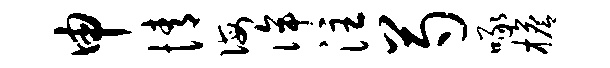
申情诲侔注芍啄檐